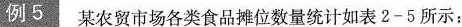
例5 某农贸市场各类食品摊位数量统计如表2-5所示：